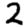
Digit: 2